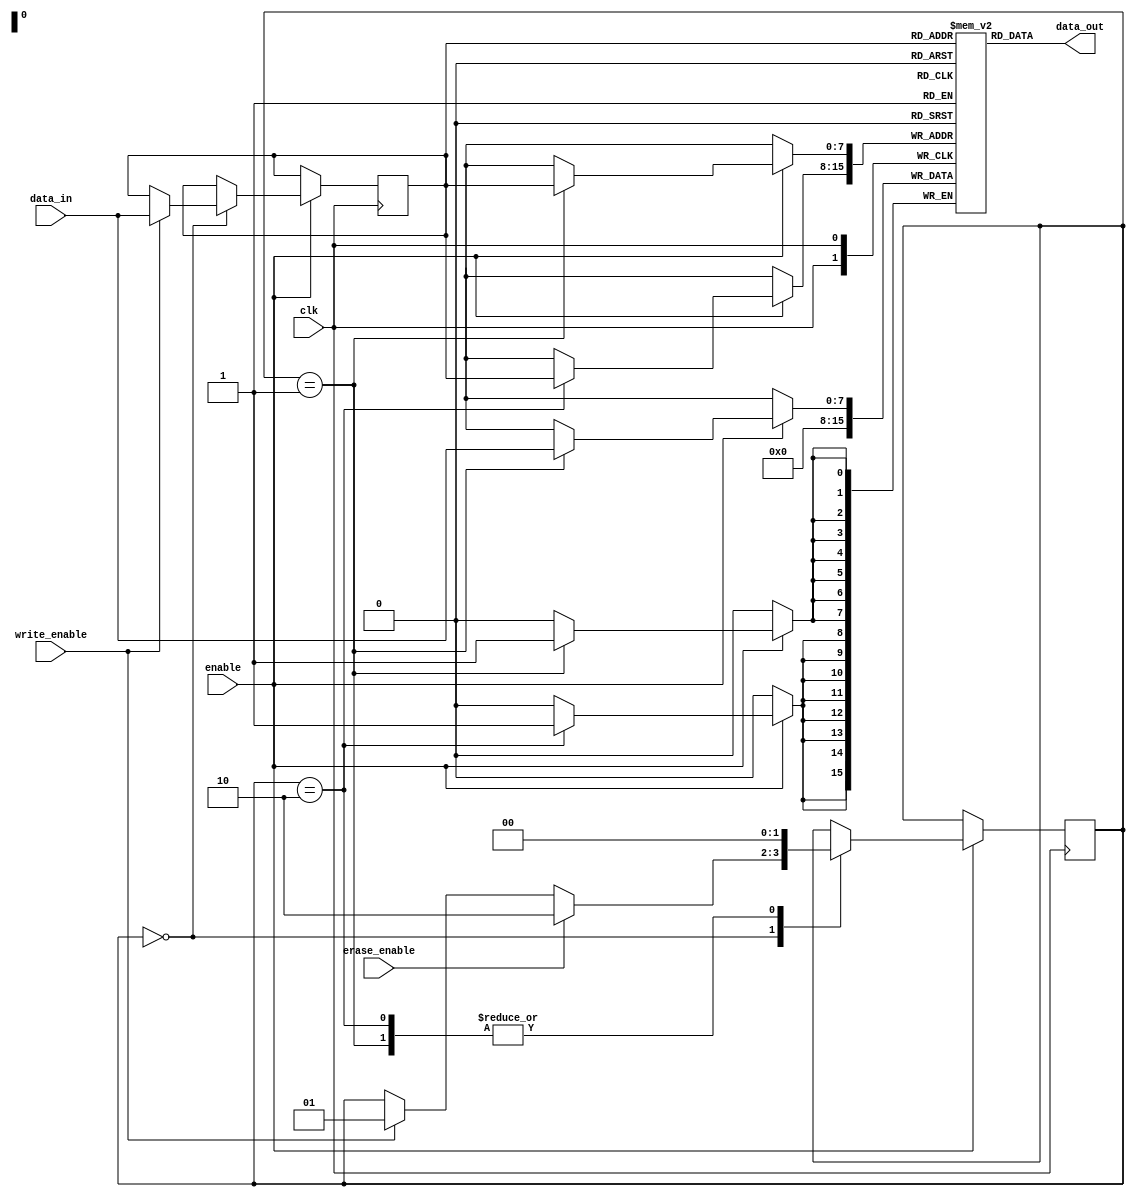
module EEPROM (
    input wire clk,
    input wire enable,
    input wire write_enable,
    input wire erase_enable,
    input wire [7:0] data_in,
    output reg [7:0] data_out
);

reg [7:0] memory [0:255]; // Memory array with 256 8-bit values
reg [7:0] address_reg;
reg [1:0] state;

always @(posedge clk) begin
    if(enable) begin
        case(state)
            2'b00: begin // Idle state
                if(write_enable) begin
                    state <= 2'b01; // Write state
                    address_reg <= data_in;
                end
                if(erase_enable) begin
                    state <= 2'b10; // Erase state
                end
            end
            2'b01: begin // Write state
                memory[address_reg] <= data_in;
                state <= 2'b00; // Return to idle state
            end
            2'b10: begin // Erase state
                memory[address_reg] <= 0; // Erase memory location
                state <= 2'b00; // Return to idle state
            end
        endcase
    end
end

assign data_out = memory[address_reg];

endmodule